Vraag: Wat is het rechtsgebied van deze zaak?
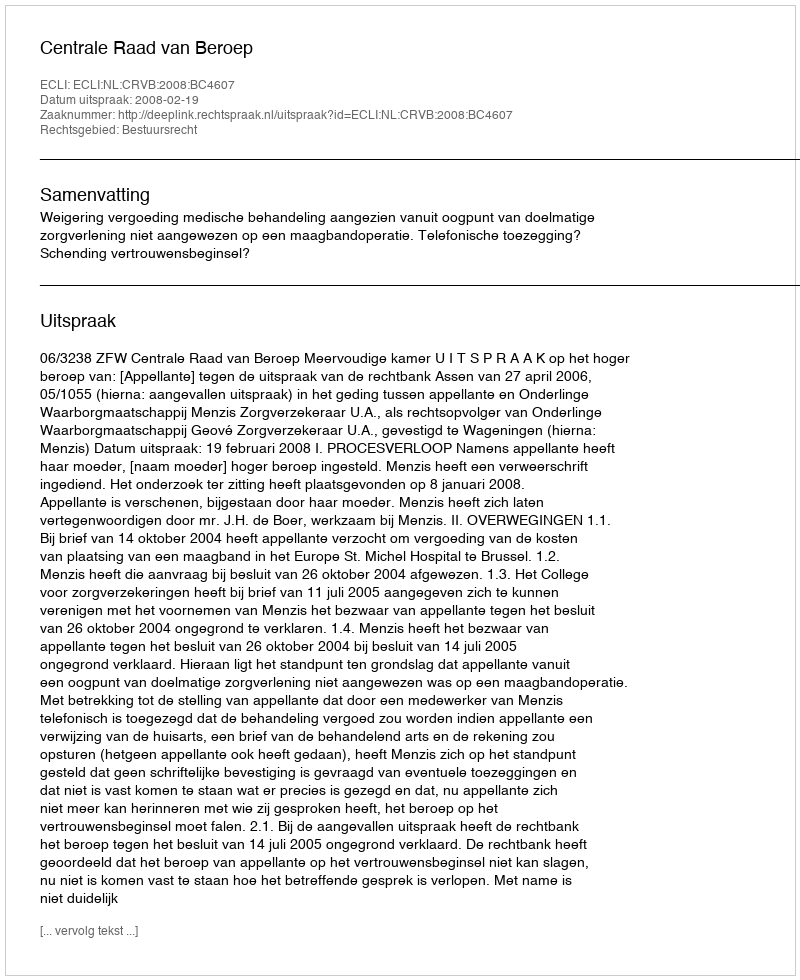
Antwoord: Bestuursrecht